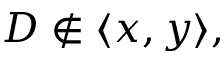
D \not \in \langle x , y \rangle ,